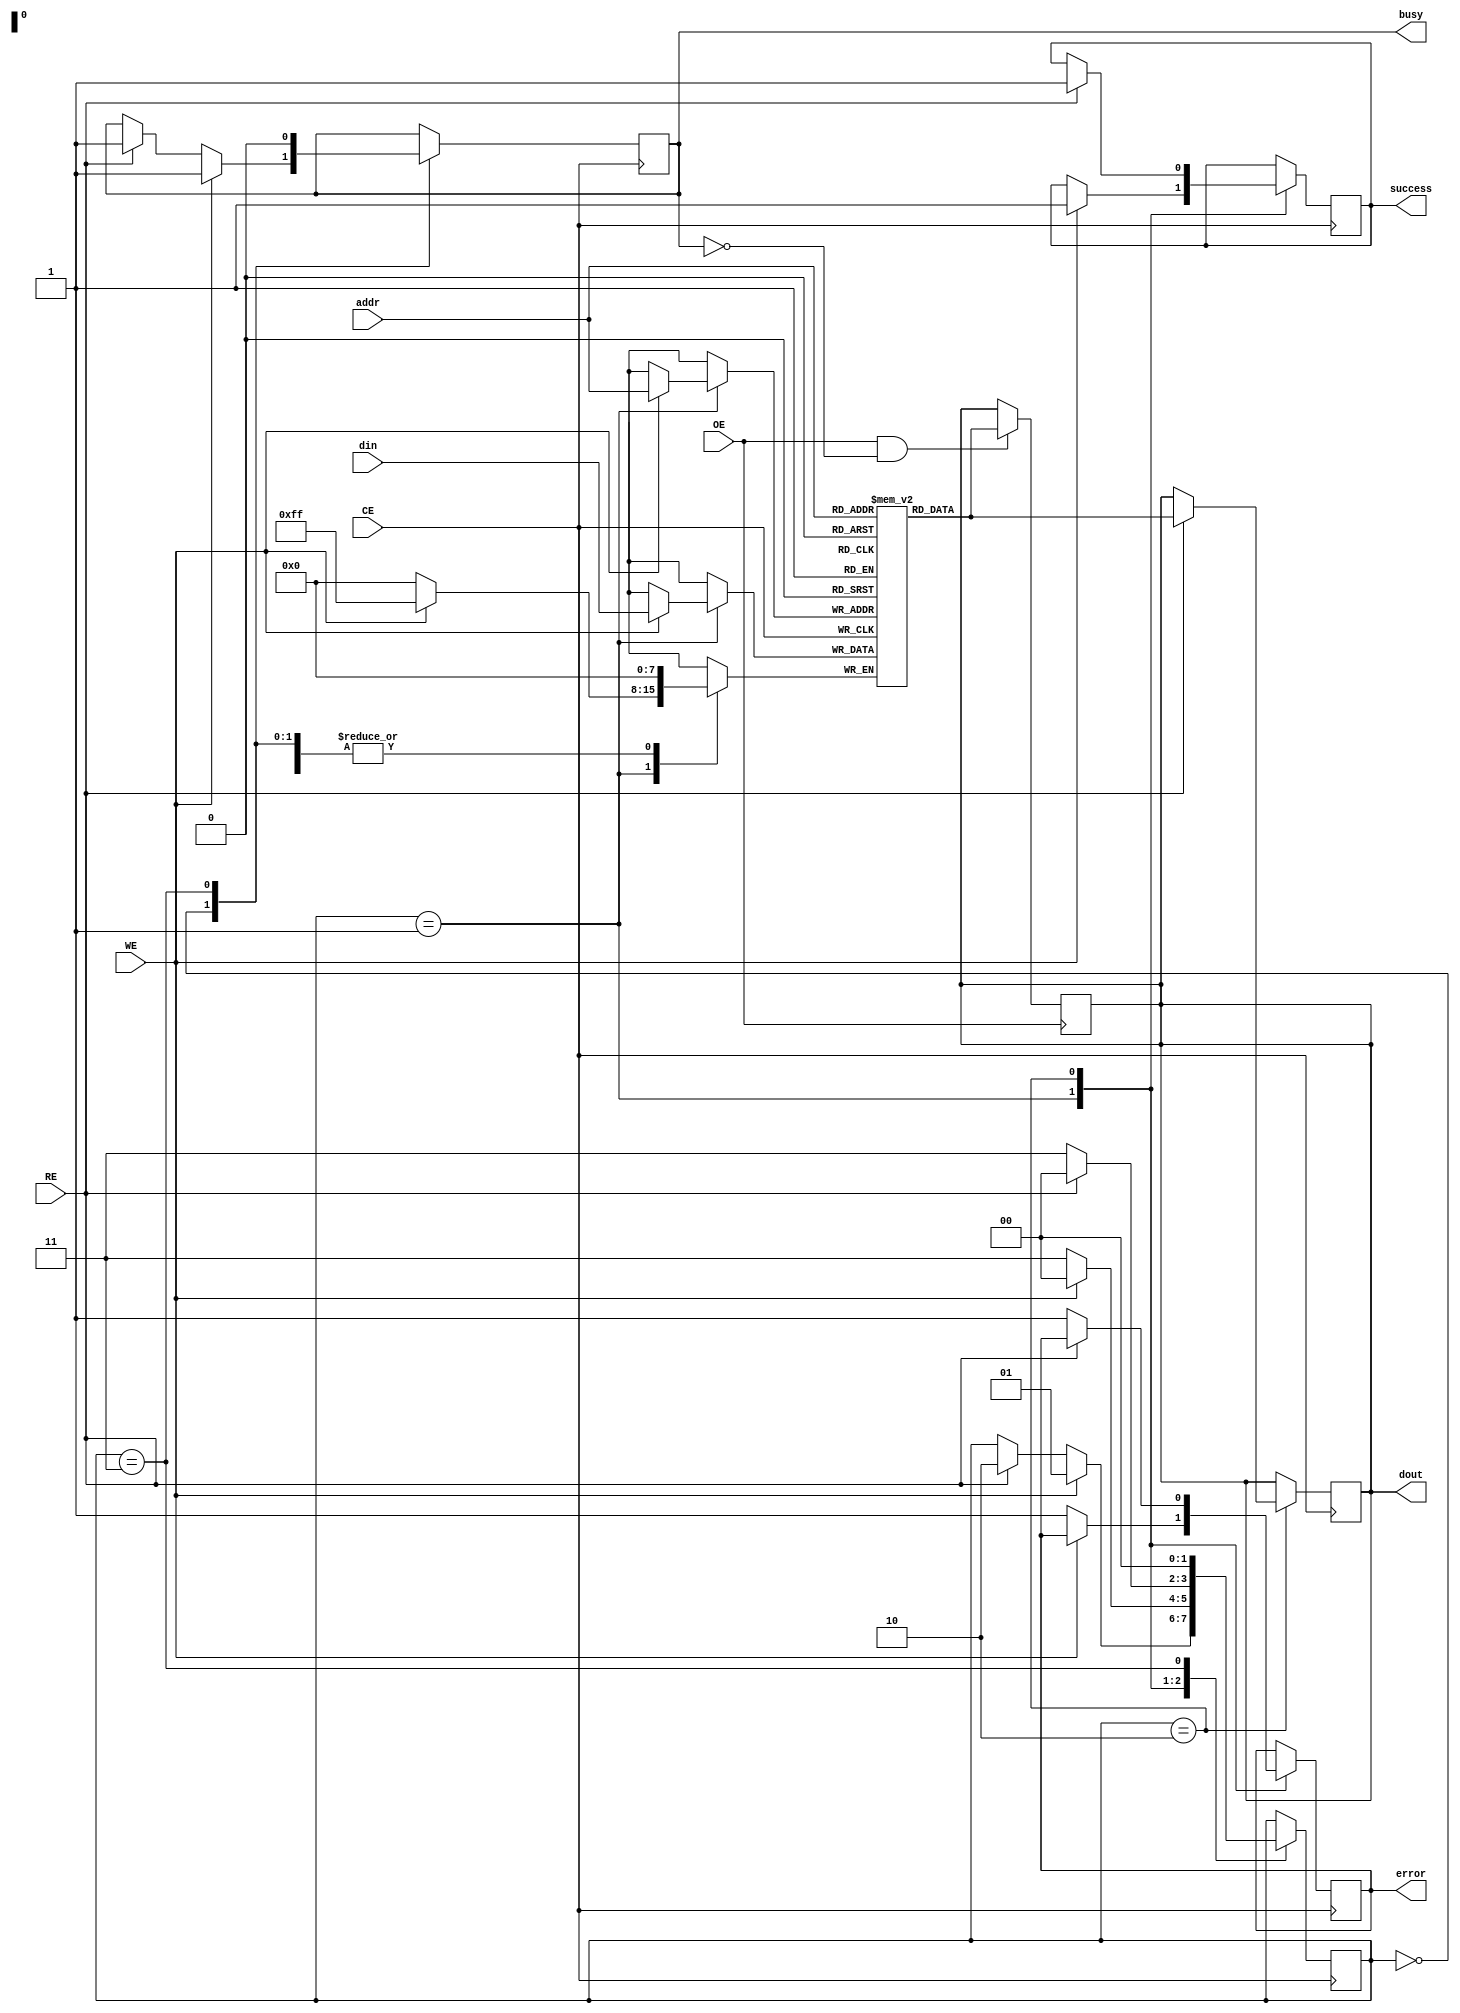
module nand_eeprom_io (
    input wire WE,         // Write Enable
    input wire RE,         // Read Enable
    input wire CE,         // Chip Enable
    input wire OE,         // Output Enable
    input wire [7:0] addr, // Address lines (8-bit for example)
    input wire [7:0] din,  // Data Input Lines (8-bit)
    output reg [7:0] dout, // Data Output Lines (8-bit)
    output reg busy,       // Busy status signal
    output reg success,    // Success status signal
    output reg error       // Error status signal
);

    // Internal registers
    reg [7:0] memory [0:255]; // Simple memory array (256 x 8-bit)
    reg [1:0] state;           // State variable for FSM

    // State encoding
    localparam IDLE     = 2'b00,
               WRITE    = 2'b01,
               READ     = 2'b10,
               ERROR    = 2'b11;

    // Initial state
    initial begin
        busy = 0;
        success = 0;
        error = 0;
        state = IDLE;
    end

    // State machine for read/write operations
    always @(posedge CE) begin
        if (CE) begin
            case (state)
                IDLE: begin
                    if (WE) begin
                        busy <= 1;
                        state <= WRITE;
                    end else if (RE) begin
                        busy <= 1;
                        state <= READ;
                    end
                end

                WRITE: begin
                    if (WE) begin
                        memory[addr] <= din; // Write data to memory
                        success <= 1;
                        state <= IDLE;
                    end else begin
                        error <= 1; // Error if WE is not asserted
                        state <= ERROR;
                    end
                end

                READ: begin
                    if (RE) begin
                        dout <= memory[addr]; // Read data from memory
                        success <= 1;
                        state <= IDLE;
                    end else begin
                        error <= 1; // Error if RE is not asserted
                        state <= ERROR;
                    end
                end

                ERROR: begin
                    // Handle error state (could implement retry or reset logic here)
                    busy <= 0;
                    state <= IDLE;
                end
            endcase
        end
    end

    // Output Enable handling
    always @(posedge OE) begin
        if (OE && !busy) begin
            dout <= memory[addr]; // Output data if OE is enabled
        end
    end

endmodule